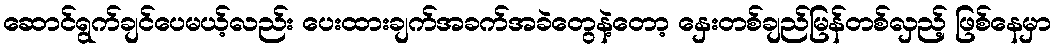
ဆောင်ရွက်ချင်ပေမယ့်လည်း ပေးထားချက်အခက်အခဲတွေနဲ့တော့ နှေးတစ်ချည်မြန်တစ်လှည့် ဖြစ်နေမှာ